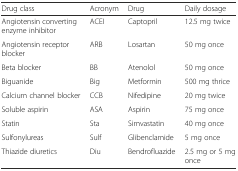
<table><thead><tr><td><b>Drug class</b></td><td><b>Acronym</b></td><td><b>Drug</b></td><td><b>Daily dosage</b></td></tr></thead><tbody><tr><td>Angiotensin converting enzyme inhibitor</td><td>ACEI</td><td>Captopril</td><td>12.5 mg twice</td></tr><tr><td>Angiotensin receptor blocker</td><td>ARB</td><td>Losartan</td><td>50 mg once</td></tr><tr><td>Beta blocker</td><td>BB</td><td>Atenolol</td><td>50 mg once</td></tr><tr><td>Biguanide</td><td>Big</td><td>Metformin</td><td>500 mg thrice</td></tr><tr><td>Calcium channel blocker</td><td>CCB</td><td>Nifedipine</td><td>20 mg twice</td></tr><tr><td>Soluble aspirin</td><td>ASA</td><td>Aspirin</td><td>75 mg once</td></tr><tr><td>Statin</td><td>Sta</td><td>Simvastatin</td><td>40 mg once</td></tr><tr><td>Sulfonylureas</td><td>Sulf</td><td>Glibenclamide</td><td>5 mg once</td></tr><tr><td>Thiazide diuretics</td><td>Diu</td><td>Bendrofluazide</td><td>2.5 mg or 5 mg once</td></tr></tbody></table>